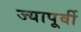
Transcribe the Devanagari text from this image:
ज्यापूर्वी